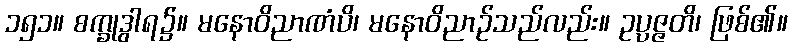
၁၅၁။ စက္ခုဒွါရ၌။ မနောဝိညာဏံပိ၊ မနောဝိညာဉ်သည်လည်း။ ဥပ္ပဇ္ဇတိ၊ ဖြစ်၏။